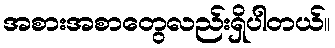
အစားအစာတွေလည်းရှိပါတယ်။